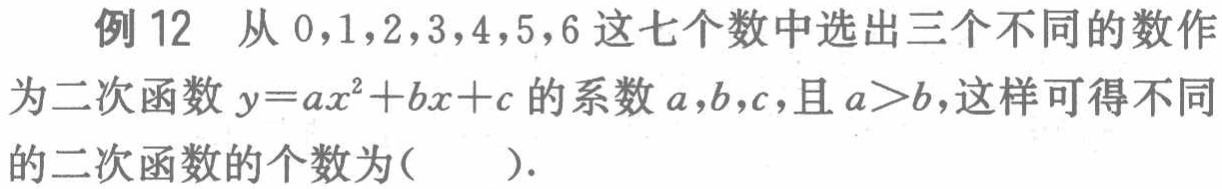
例12 从\(0,1,2,3,4,5,6\)这七个数中选出三个不同的数作为二次函数\(y = ax^{2}+bx + c\)的系数\(a,b,c\)，且\(a>b\)，这样可得不同的二次函数的个数为( ).